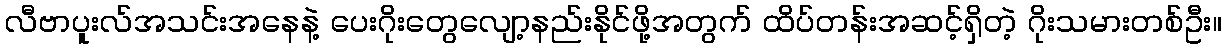
လီဗာပူးလ်အသင်းအနေနဲ့ ပေးဂိုးတွေလျော့နည်းနိုင်ဖို့အတွက် ထိပ်တန်းအဆင့်ရှိတဲ့ ဂိုးသမားတစ်ဦး။